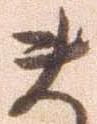
ま